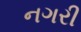
નગરી